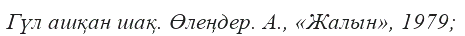
Гүл ашқан шақ. Өлеңдер. А., «Жалын», 1979;